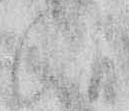
候